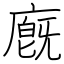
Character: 廐